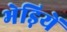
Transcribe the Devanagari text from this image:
भेड़ियें